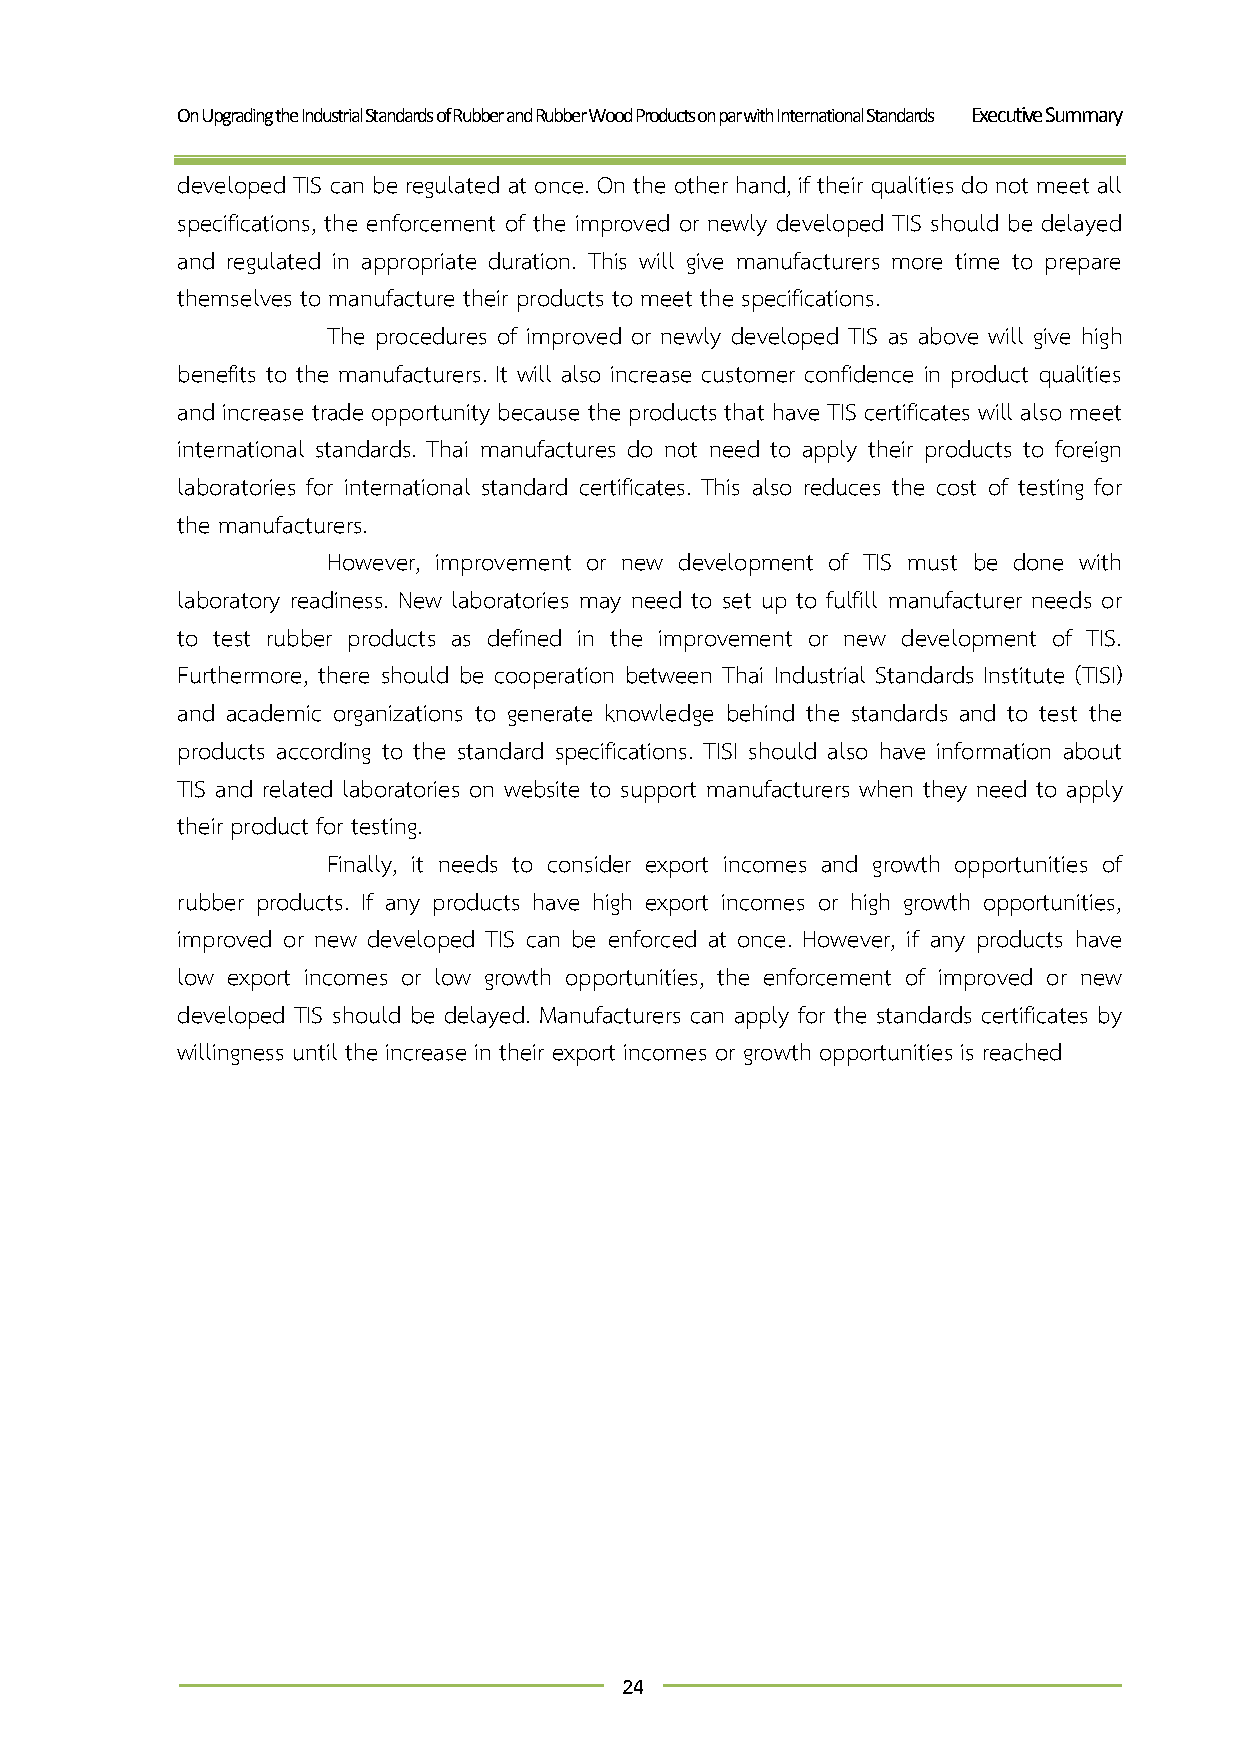
On Upgrading the Industrial Standards of Rubber and Rubber Wood Products on par with International Standards Executive Summary
 developed TIS can be regulated at once. On the other hand, if their qualities do not meet all
 specifications, the enforcement of the improved or newly developed TIS should be delayed
 and regulated in appropriate duration. This will give manufacturers more time to prepare
 themselves to manufacture their products to meet the specifications.
 The procedures of improved or newly developed TIS as above will give high
 benefits to the manufacturers. It will also increase customer confidence in product qualities
 and increase trade opportunity because the products that have TIS certificates will also meet
 international standards. Thai manufactures do not need to apply their products to foreign
 laboratories for international standard certificates. This also reduces the cost of testing for
 the manufacturers.
 However, improvement or new development of TIS must be done with
 laboratory readiness. New laboratories may need to set up to fulfill manufacturer needs or
 to test rubber products as defined in the improvement or new development of TIS.
 Furthermore, there should be cooperation between Thai Industrial Standards Institute (TISI)
 and academic organizations to generate knowledge behind the standards and to test the
 products according to the standard specifications. TISI should also have information about
 TIS and related laboratories on website to support manufacturers when they need to apply
 their product for testing.
 Finally, it needs to consider export incomes and growth opportunities of
 rubber products. If any products have high export incomes or high growth opportunities,
 improved or new developed TIS can be enforced at once. However, if any products have
 low export incomes or low growth opportunities, the enforcement of improved or new
 developed TIS should be delayed. Manufacturers can apply for the standards certificates by
 willingness until the increase in their export incomes or growth opportunities is reached
 24